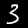
Label: 3